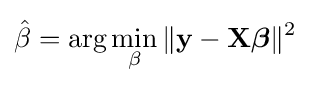
{\hat {\beta }}={\rm {arg}}\min _{\beta }\,\lVert \mathbf {y} -\mathbf {X} {\boldsymbol {\beta }}\rVert ^{2}